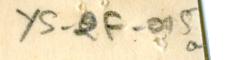
YS_2F_015a